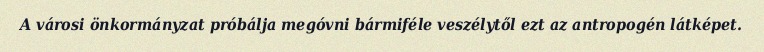
A városi önkormányzat próbálja megóvni bármiféle veszélytől ezt az antropogén látképet.